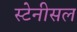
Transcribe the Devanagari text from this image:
स्टेनीसल